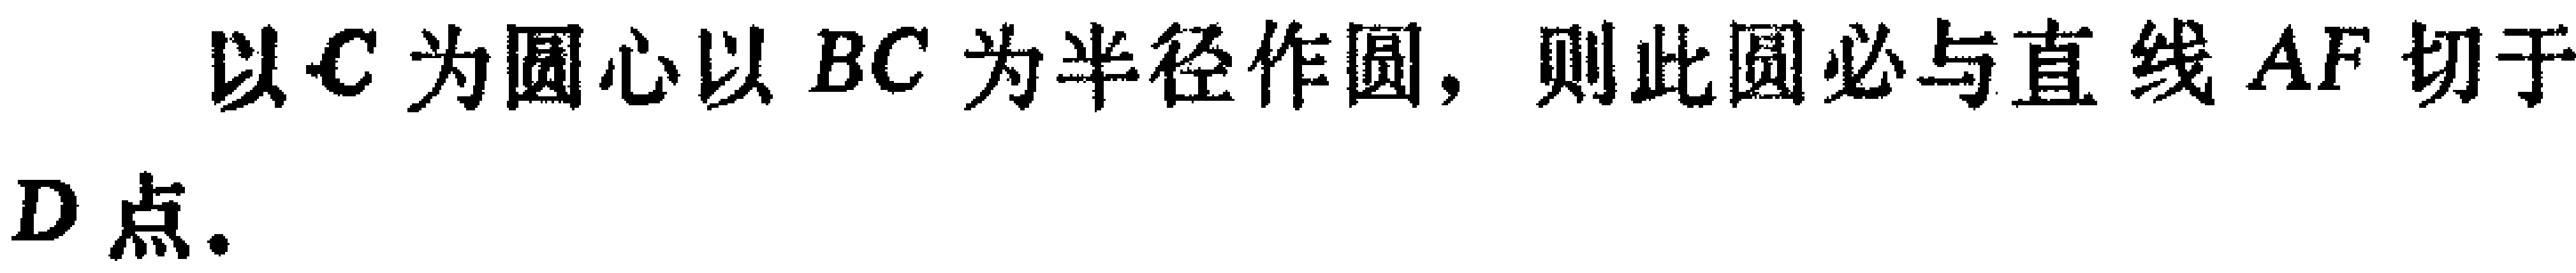
以\(C\)为圆心以 \(BC\)为半径作圆，则此圆必与直线 \(AF\)切于\(D\)点.